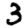
Digit: 3